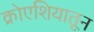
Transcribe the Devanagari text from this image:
क्रोएशियातून